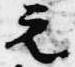
元